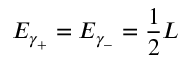
E _ { \gamma _ { + } } = E _ { \gamma _ { - } } = { \frac { 1 } { 2 } } L